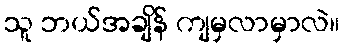
သူ ဘယ်အချိန် ကျမှလာမှာလဲ။